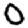
Digit: 0